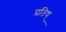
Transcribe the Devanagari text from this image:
प्रतिष्